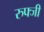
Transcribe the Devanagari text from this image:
रुफ्जी